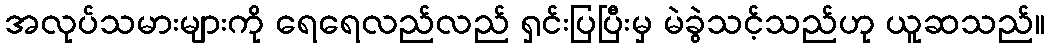
အလုပ်သမားများကို ရေရေလည်လည် ရှင်းပြပြီးမှ မဲခွဲသင့်သည်ဟု ယူဆသည်။